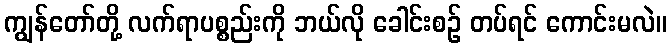
ကျွန်တော်တို့ လက်ရာပစ္စည်းကို ဘယ်လို ခေါင်းစဉ် တပ်ရင် ကောင်းမလဲ။